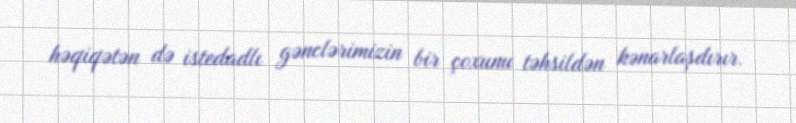
həqiqətən də istedadlı gənclərimizin bir çoxunu təhsildən kənarlaşdırır.